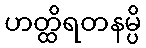
ဟတ္ထိရတနမ္ပိ